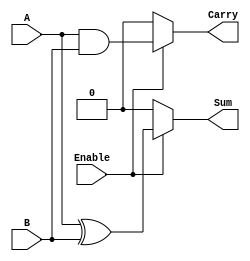
module ConditionalHalfAdder (
    input wire A,        // First binary input
    input wire B,        // Second binary input
    input wire Enable,   // Control signal
    output wire Sum,     // Sum output
    output wire Carry    // Carry output
);

    // Combinational logic for Sum and Carry
    assign Sum = Enable ? (A ^ B) : 1'b0;   // Sum is A XOR B if Enable is high, else 0
    assign Carry = Enable ? (A & B) : 1'b0; // Carry is A AND B if Enable is high, else 0

endmodule